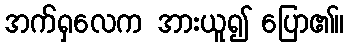
အက်ရှလေက အားယူ၍ ပြော၏။